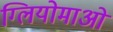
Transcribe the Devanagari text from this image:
ग्लियोमाओं